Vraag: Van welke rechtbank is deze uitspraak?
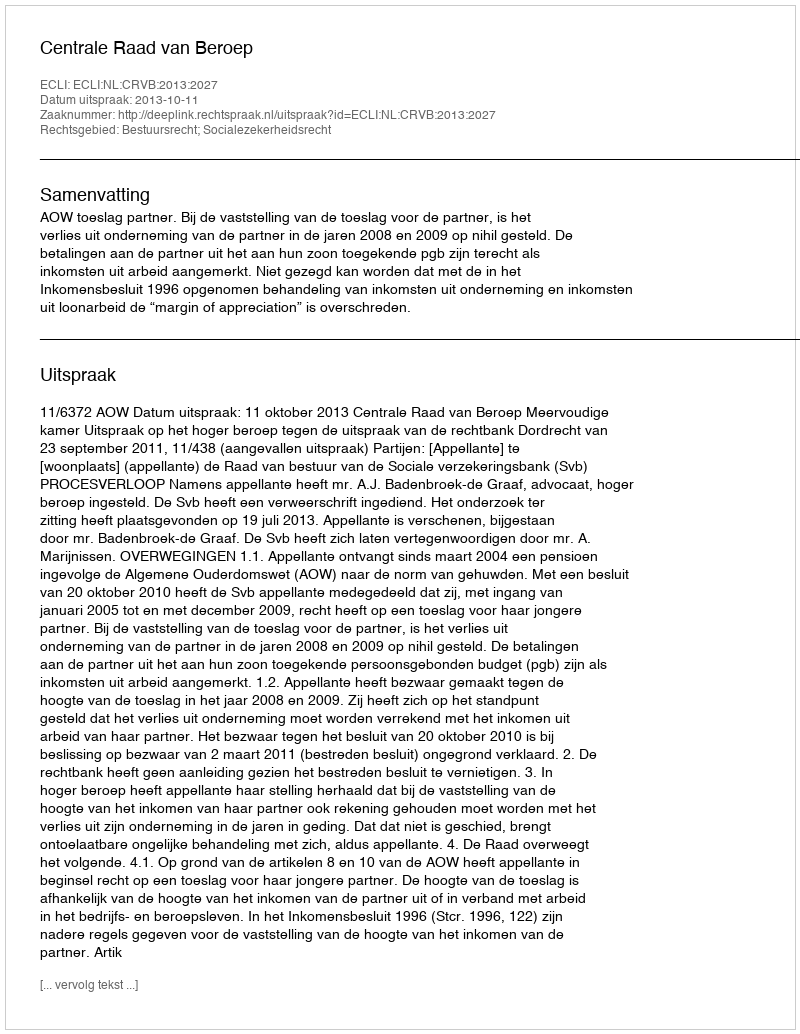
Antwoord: Centrale Raad van Beroep